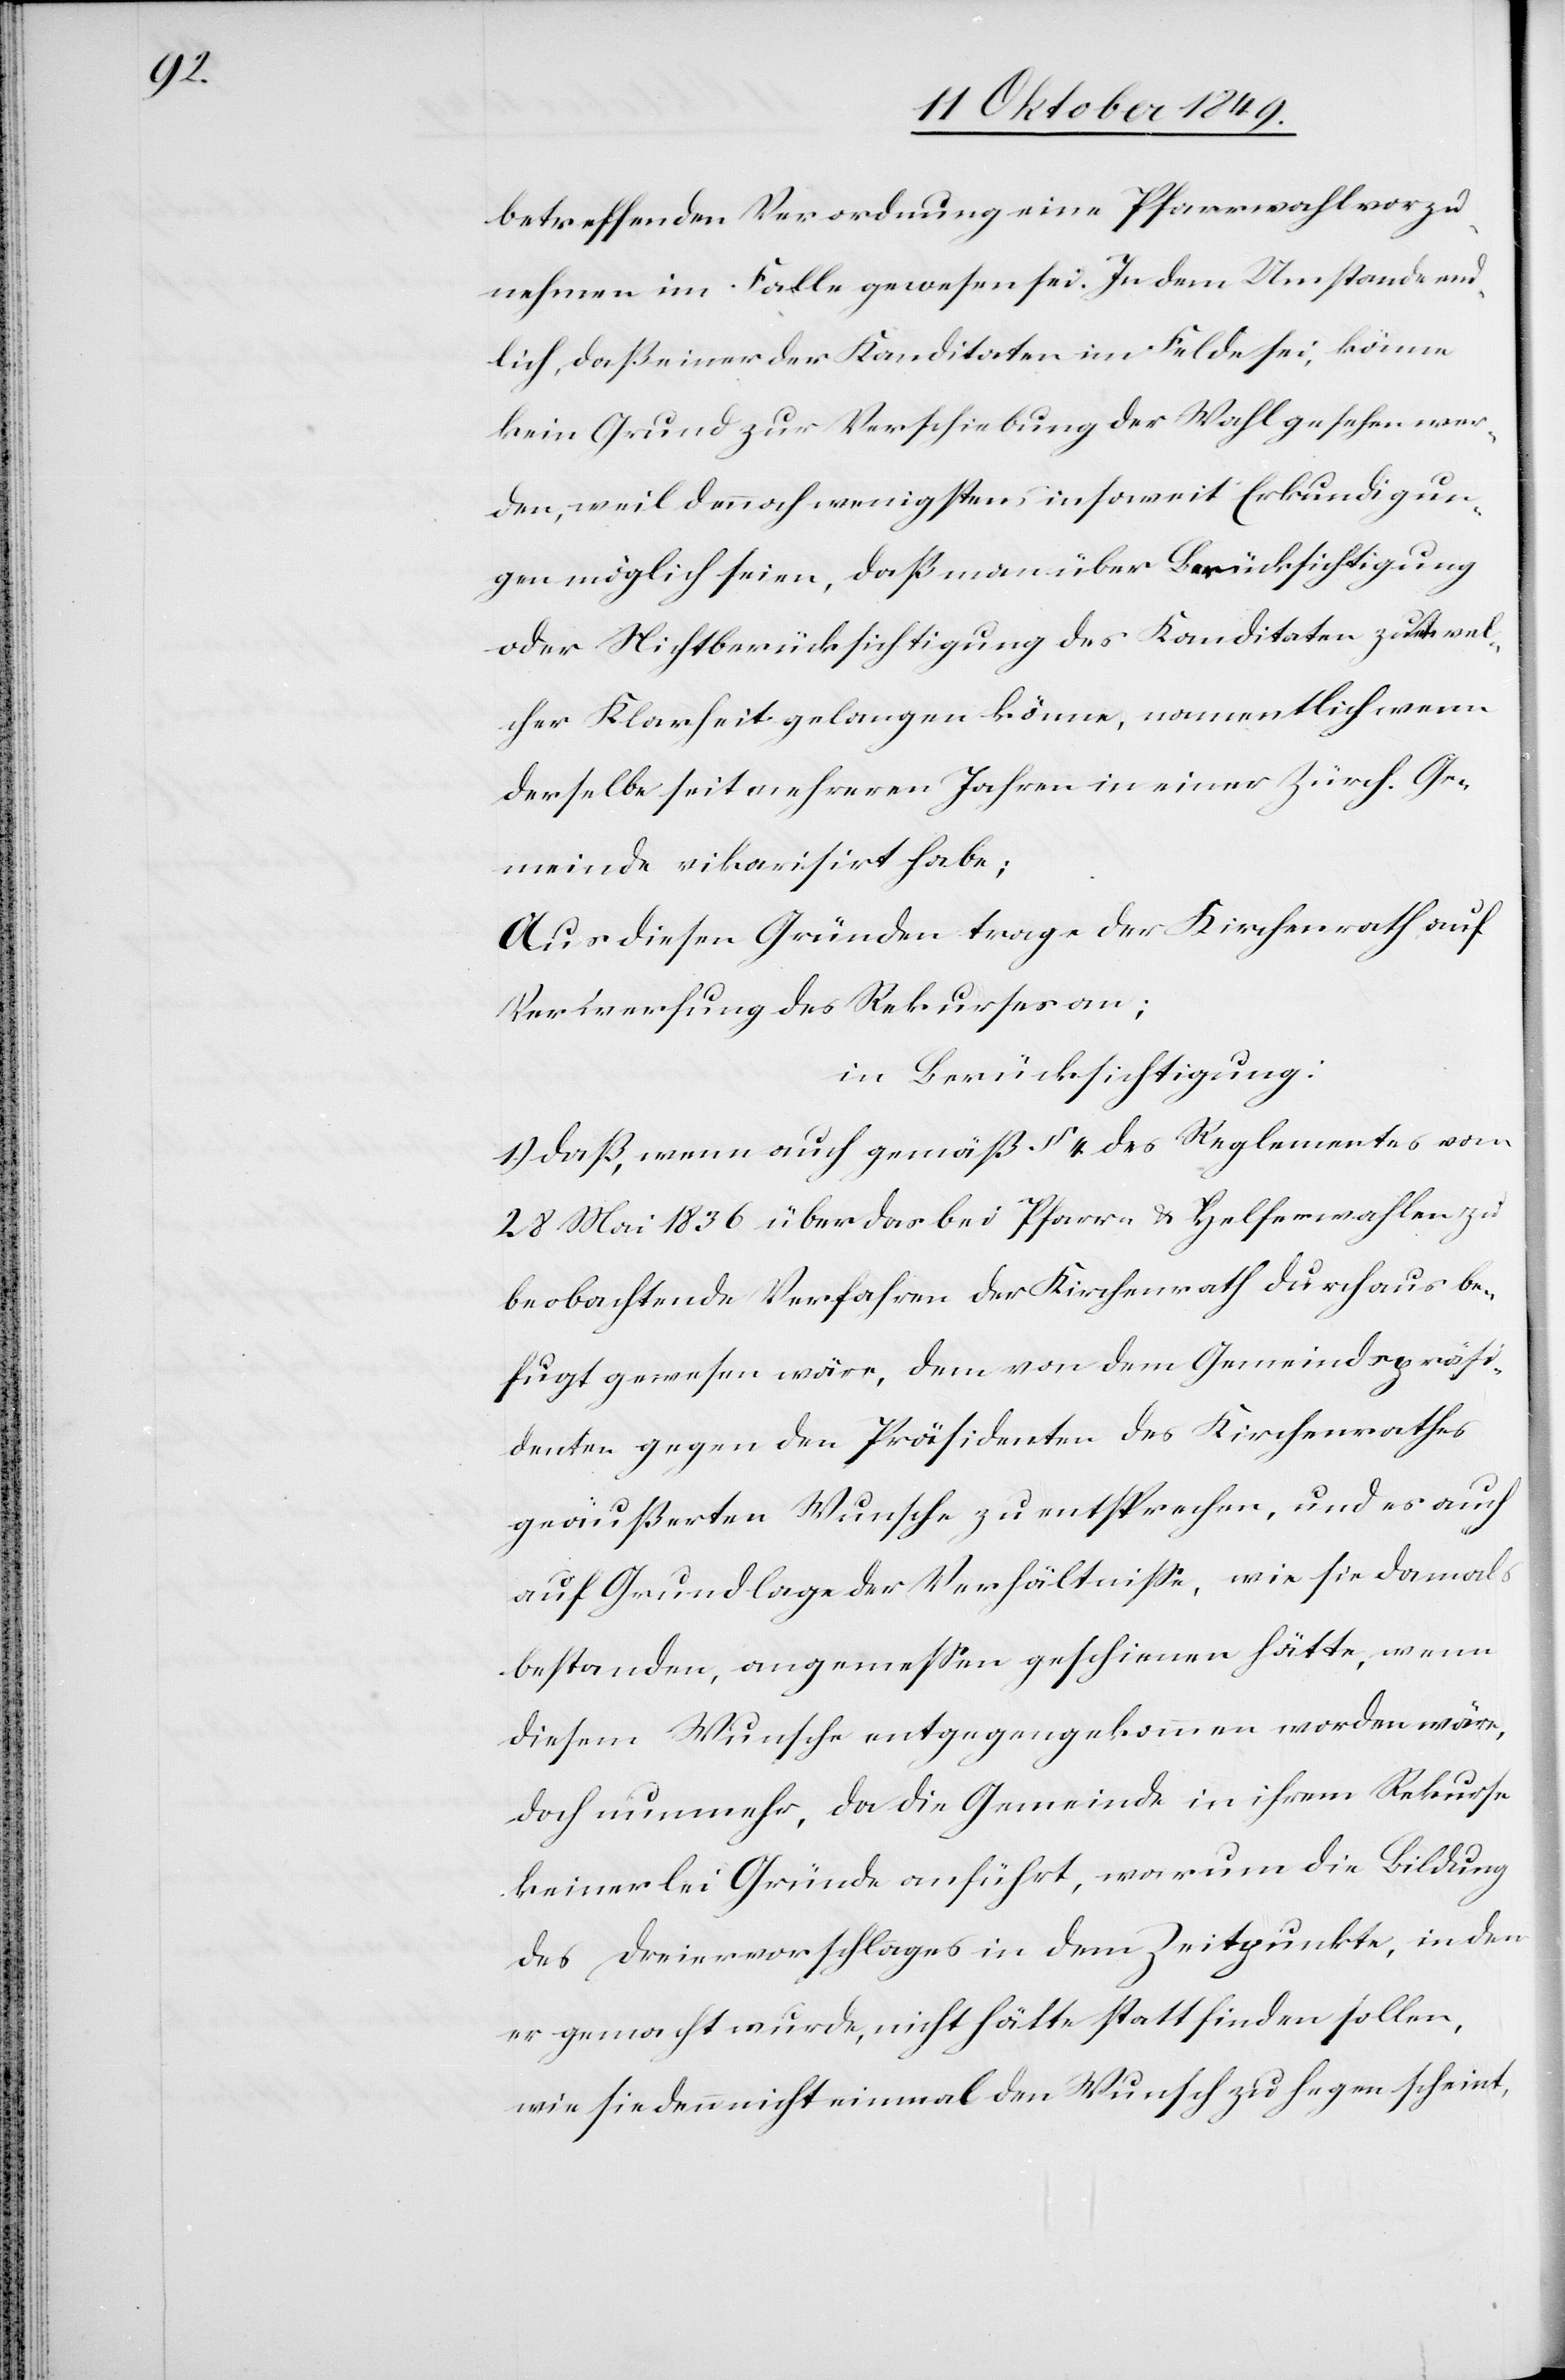
betreffenden Verordnung eine Pfarrwahl vor zu¬
nehmen im Falle gewesen sei. In dem Umstand end¬
lich, daß einer der Kandidaten im Felde sei, könne
kein Grund zur Verschiebung der Wahl gesehen wer¬
den, weil dennoch wenigstens insoweit Erkundigun¬
gen möglich seien, daß man über Berücksichtigung
oder Nichtberücksichtigung des Kandidaten, [?zu] wel¬
cher Klarheit gelangen könne, namentlich wenn
derselbe seit mehreren Jahren in einer Zürch. Ge¬
meinde vikarisirt habe;
Aus diesen Gründen trage der Kirchenrath auf
Verwerfung des Rekurses an;
in Berücksichtigung:
1.) daß, wenn auch gemäß § 4 des Reglements vom
28 Mai 1836 über das bei Pfarr- u. Helferwahlen zu
beobachtende Verfahren der Kirchenrath durchaus be¬
fugt gewesen wäre, dem von dem Gemeindspräsi¬
denten gegen den Präsidenten des Kirchenrathes
geäußerten Wunsche zu entsprechen, und es auch
auf Grundlage der Verhältniße, wie sie damals
bestanden, angemeßen geschienen hätte, wenn
diesem Wunsche entgegengekommen worden wäre,
doch nunmehr, da die Gemeinde in ihrem Rekurse
keinerlei Gründe anführt, warum die Bildung
des Dreiervorschlages in dem Zeitpunkte, in dem
er gemacht wurde, nicht hätte statt finden sollen,
wie sie denn nicht einmal den Wunsch zu hegen scheint,